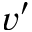
v ^ { \prime }